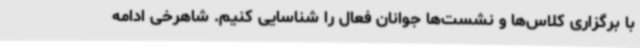
با برگزاری کلاس‌ها و نشست‌ها جوانان فعال را شناسایی کنیم. شاهرخی ادامه